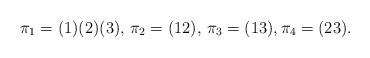
LaTeX: \begin{align*}\pi_{1} = (1)(2)(3), \, \pi_{2} = (12), \, \pi_{3} = (13), \pi_{4} = (23).\end{align*}